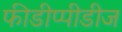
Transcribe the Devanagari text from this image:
फीडीप्पीडीज